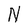
Character: N